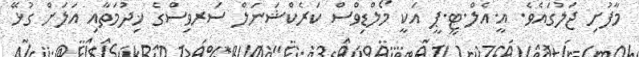
މާފުށި ޖަލުގައެވެ. އީ.އެލް.ޓީ.ޕީ އަކީ މޯލްޑިވްސް ކަރެކްޝަނަލް ސަރވިސްގެ ޚިދުމަތާއި އަލަށް ގުޅޭ